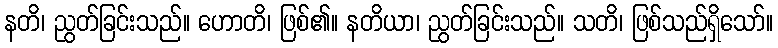
နတိ၊ ညွတ်ခြင်းသည်။ ဟောတိ၊ ဖြစ်၏။ နတိယာ၊ ညွတ်ခြင်းသည်။ သတိ၊ ဖြစ်သည်ရှိသော်။